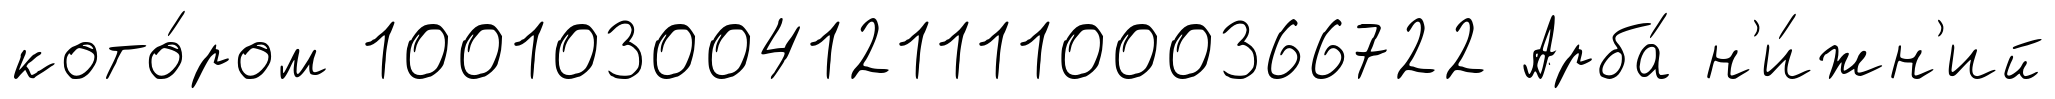
кото́ром 100103004121111000366722 Арба́ н'и́жн'ий